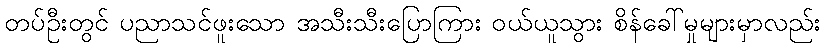
တပ်ဦးတွင် ပညာသင်ဖူးသော အသီးသီးပြောကြား ဝယ်ယူသွား စိန်ခေါ်မှုများမှာလည်း